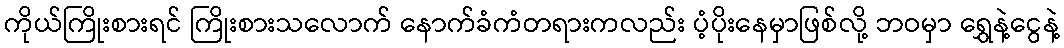
ကိုယ်ကြိုးစားရင် ကြိုးစားသလောက် နောက်ခံကံတရားကလည်း ပံ့ပိုးနေမှာဖြစ်လို့ ဘဝမှာ ရွှေနဲ့ငွေနဲ့